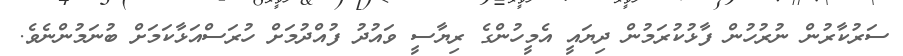
ސަރުކާރުން ނުރުހުން ފާޅުކުރަމުން ދިޔައީ އެމީހުންގެ ރިޔާސީ ވައުދު ފުއްދުމަށް ހުރަސްއަޅާކަމަށް ބުނަމުންނެވެ.